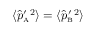
\langle { \hat { p } ^ { \prime } } _ { \mathrm { \scriptscriptstyle A } } { } ^ { 2 } \rangle = \langle { \hat { p } _ { \mathrm { \scriptscriptstyle B } } ^ { \prime } } { } ^ { 2 } \rangle